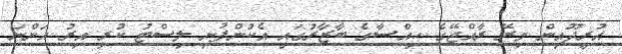
އުރީދޫއިން މިރޭ ރާއްޖޭގެ ހިއްސާގެ ބާޒާރުގައި އެކުންފުނި ލިސްޓު ކުރި އިރު އަންނަ